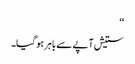
‘‘
ستیش آپے سے باہر ہو گیا۔